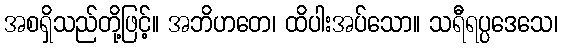
အစရှိသည်တို့ဖြင့်။ အဘိဟတေ၊ ထိပါးအပ်သော။ သရီရပ္ပဒေသေ၊